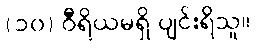
(၁၀) ဝီရိယမရှိ ပျင်းရိသူ။